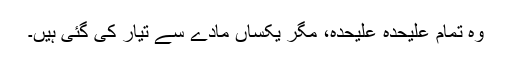
وہ تمام علیحدہ علیحدہ، مگر یکساں مادے سے تیار کی گئی ہیں۔